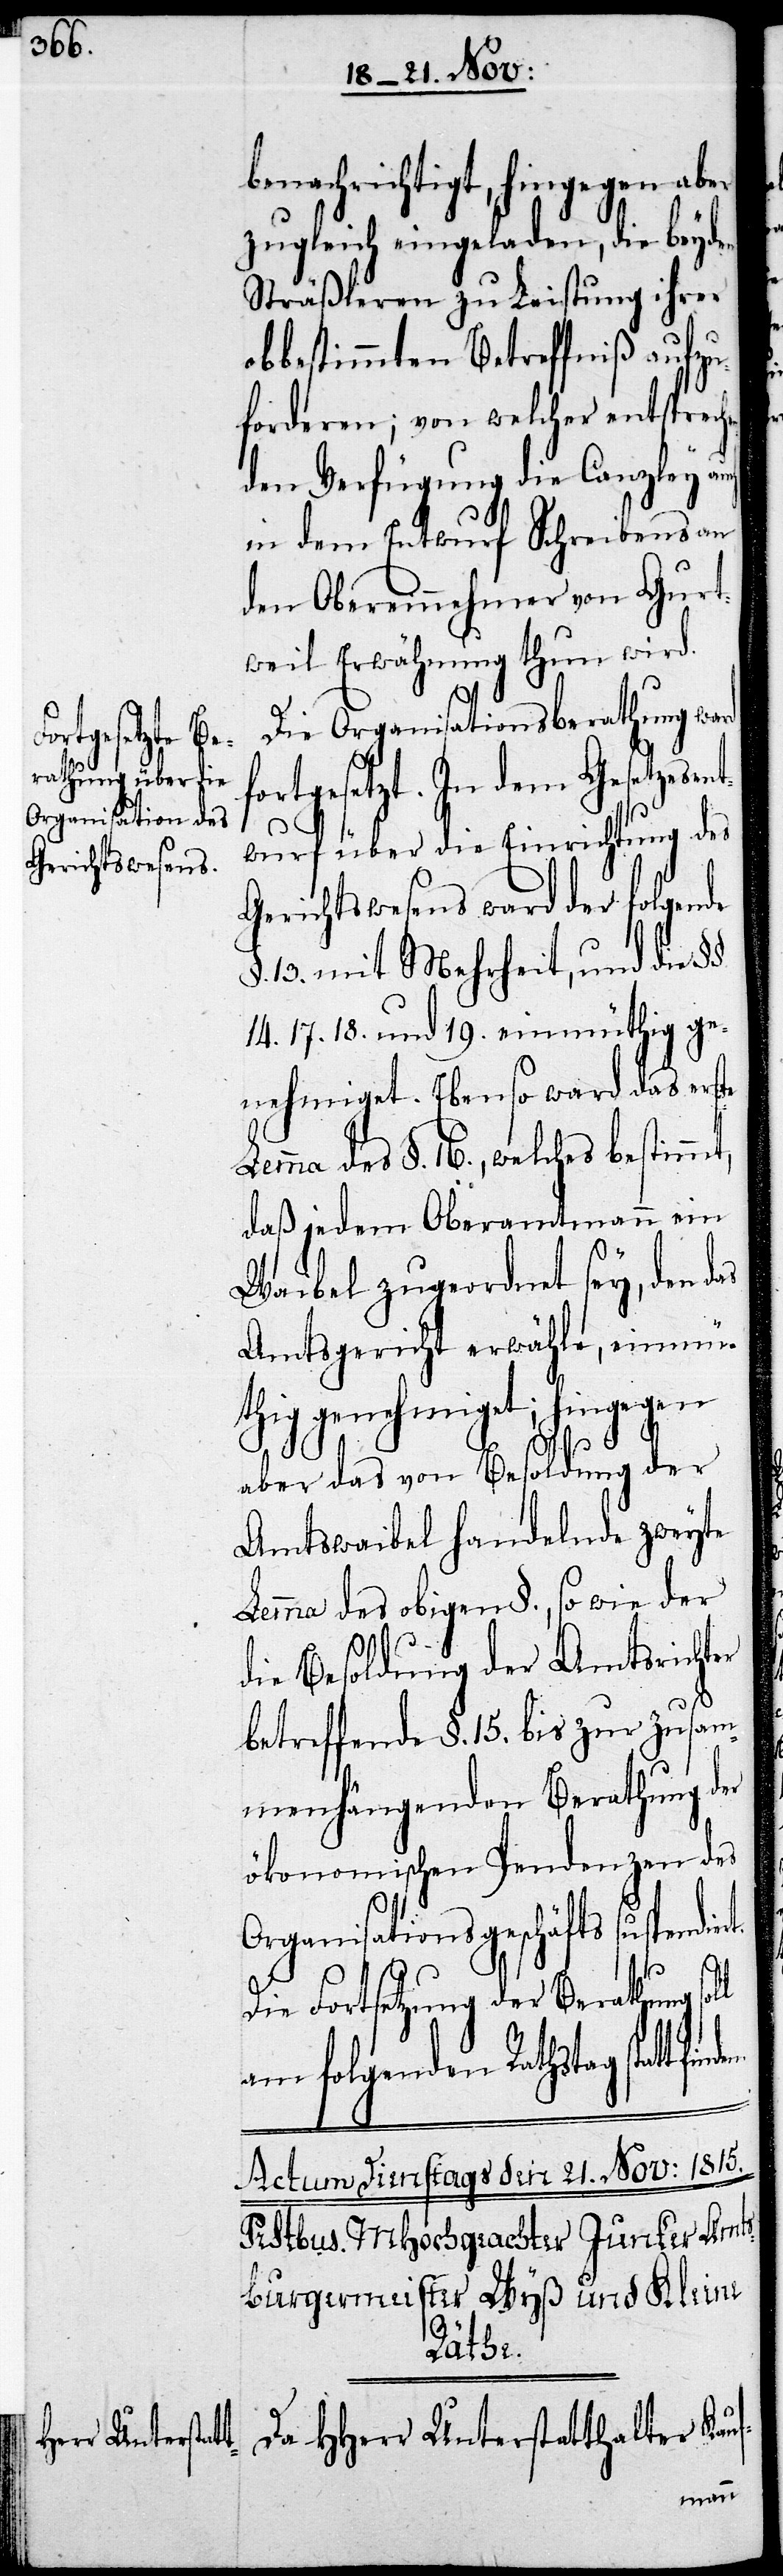
tfinden.

benachrichtigt, hingegen aber
zugleich eingeladen, die beyden
Sträßleren zu Leistung ihrer
bestimmten Betreffniß aufzu¬
forderen; von welcher entsprech¬
den Verfügung die Canzley auch
in dem Entwurf Schreibens an
den Obereinnehmer von Gurt¬
weil Erwähnung thun wird.
Die Organisationsberathung ward
rtgesetzt. In dem Gesetze¬
wurf über die Einrichtung des
Gerichtswesens ward der folgende
§. 13. mit Mehrheit, und die
14. 17. 18. und 19. einmüthig ge¬
nehmiget. Ebenso ward das erste
emma des §. 16., welches bestimm¬
daß jedem Oberamtmann ein
er
Waibel zugeordnet sey, den das
Amtsgericht erwähle, einmü¬
thig genehmiget; hingegen
aber das von Besoldung der
Amtswaibel handelnde zweyte
Lemma des obigen §., so wie der
die Besoldung der Amtsricht¬
betreffende §. 15. bis zur zusam¬
menhängenden Berathung der
ökonomischen Pendenzen des
Organisationsgeschäfts suspend¬
t,
Die Fortsetzung der Berathung
am folgenden Rathstag stat¬
Da HHerr Unterstatthalter Kauf-